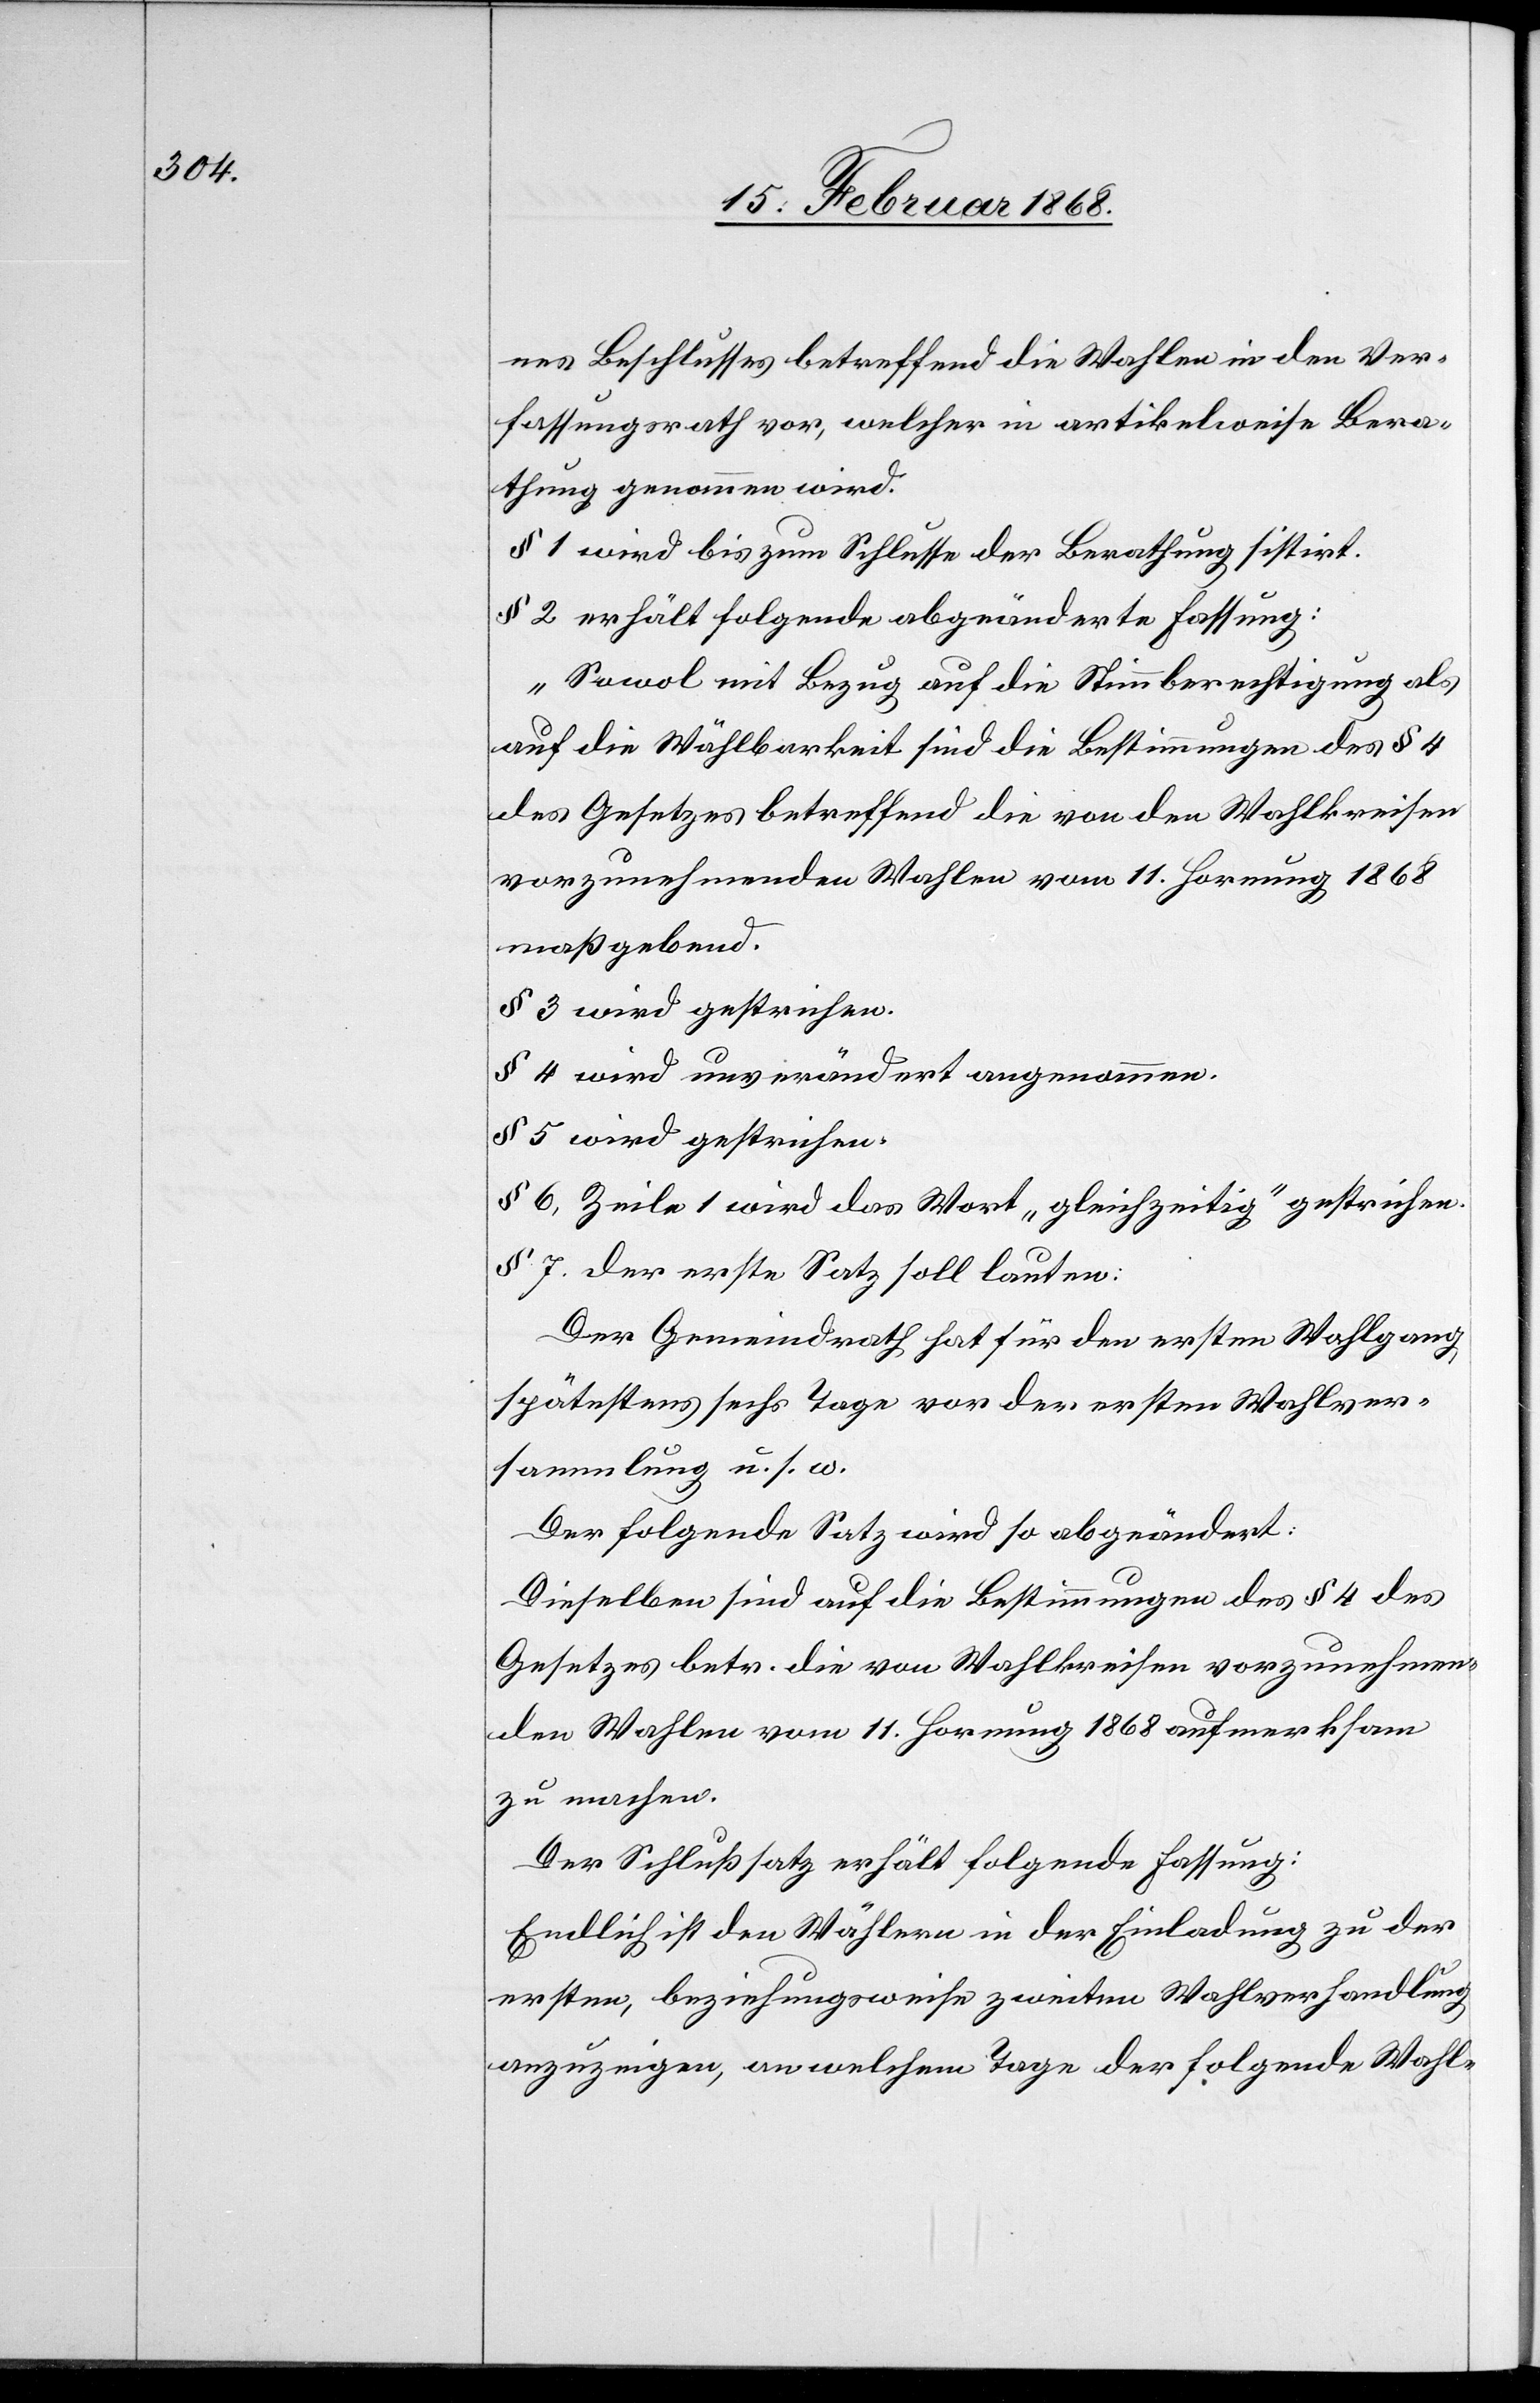
nes Beschlusses betreffend die Wahlen in den Ver¬
fassungsrath vor, welcher in artikelweise Bera¬
thung genommen wird.
§ 1 wird bis zum Schlusse der Berathung sistirt.
§ 2 erhält folgende abgeänderte Fassung:
„Sowol mit Bezug auf die Stimmberechtigung als
auf die Wählbarkeit sind die Bestimmungen des § 4
des Gesetzes betreffend die von den Wahlkreisen
vorzunehmenden Wahlen vom 11. Hornung 1868
maßgebend.[“]
§ 3 wird gestrichen.
§ 4 wird unverändert angenommen.
§ 5 wird gestrichen.
§ 6, Zeile 1 wird das Wort „gleichzeitig“ gestrichen.
§ 7. der erste Satz soll lauten:
Der Gemeindrath hat für den ersten Wahlgang
spätestens sechs Tage vor der ersten Wahlver¬
sammlung u. s. w.
Der folgende Satz wird so abgeändert:
Dieselben sind auf die Bestimmungen des § 4 des
Gesetzes betr. die von Wahlkreisen vorzunehmen¬
den Wahlen vom 11. Hornung 1868 aufmerksam
zu machen.
Der Schlußsatz erhält folgende Fassung:
Endlich ist den Wählern in der Einladung zu der
ersten, beziehungsweise zweiten Wahlverhandlung
anzuzeigen, an welchem Tage der folgende Wahl-